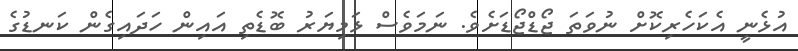
އުޅެނީ އެކަހެރިކޮށް ނުވަތަ ޖޯޑްޖޯޑަށެވެ. ނަމަވެސް ޅަމިޔަރު ބޮޑެތި އައިން ހަދައިގެން ކަނޑުގެ